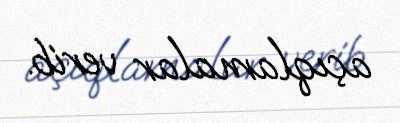
açıqlamalar verib.